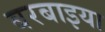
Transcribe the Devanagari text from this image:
बरबाइया